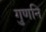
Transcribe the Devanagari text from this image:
गुणनि